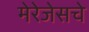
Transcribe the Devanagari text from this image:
मेरेजेसचे